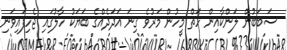
ސަބަބުން ލަންކާއިން ހަތް މީހުން މަރުވެ ގިނަ އަދަދެއްގެ ބަޔަކު ހާލުގައި ޖެހިފައިވަނި